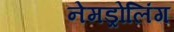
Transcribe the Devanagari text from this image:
नेमड्रोलिंग